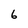
Character: 6